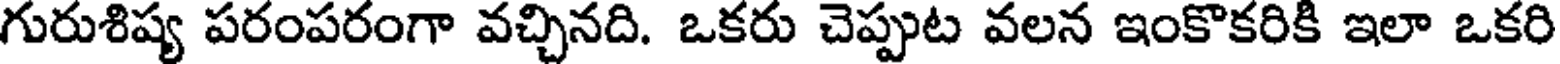
గురుశిష్య పరంపరంగా వచ్చినది. ఒకరు చెప్పుట వలన ఇంకొకరికి ఇలా ఒకరి